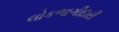
લોકભાગીદારી